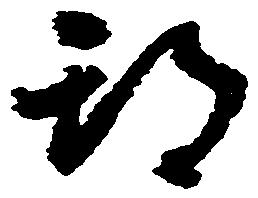
期